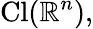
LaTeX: \mathrm{Cl}(\mathbb{R}^{n}),